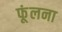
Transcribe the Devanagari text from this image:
फूंलना